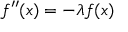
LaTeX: f ^ { \prime \prime } ( x ) = - \lambda f ( x )